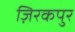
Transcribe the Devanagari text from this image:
ज़िरकपुर